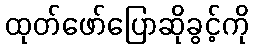
ထုတ်ဖော်ပြောဆိုခွင့်ကို